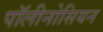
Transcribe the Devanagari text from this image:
पॉलीनोसियन